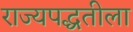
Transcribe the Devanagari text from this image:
राज्यपद्धतीला